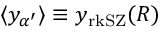
\langle y _ { \alpha ^ { \prime } } \rangle \equiv y _ { \mathrm { r k S Z } } ( R )